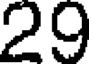
29